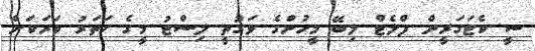
ސީ ކެޓަގަރީން ފްލެޓް ލިބޭ މީހުންގެ ވަގުތީ ލިސްޓު މީގެ ހަތަރު ވަރަކަށް